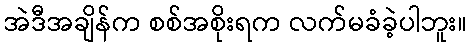
အဲဒီအချိန်က စစ်အစိုးရက လက်မခံခဲ့ပါဘူး။